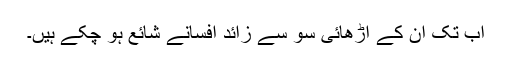
اب تک ان کے اڑھائی سو سے زائد افسانے شائع ہو چکے ہیں۔